Report of the Indian Hemp Drugs Commission, 1894-1895 - Volume VIII
Year: 1894
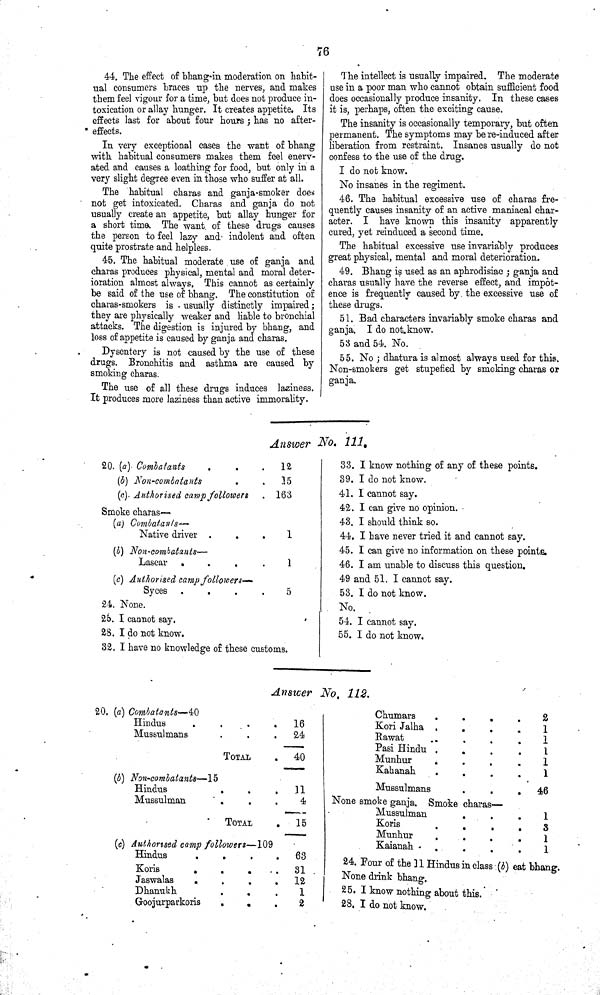
76
44. The effect of bhang in moderation on habit-
ual consumers braces up the nerves, and makes
them feel vigour for a time, but does not produce in-
toxication or allay hunger. It creates appetite. Its
effects last for about four hours; has no after-
effects.
In very exceptional cases the want of bhang
with habitual consumers makes them feel enerv-
ated and causes a loathing for food, but only in a
very slight degree even in those who suffer at all.
The habitual charas and ganja-smoker does
not get intoxicated. Charas and ganja do not
usually create an appetite, but allay hunger for
a short time. The want of these drugs causes
the person to feel lazy and- indolent and often
quite prostrate and helpless.
45. The habitual moderate use of ganja and
charas produces physical, mental and moral deter-
ioration almost always. This cannot as certainly
be said of the use of bhang. The constitution of
charas-smokers is usually distinctly impaired;
they are physically weaker and liable to bronchial
attacks. The digestion is injured by bhang, and
loss of appetite is caused by ganja and charas.
Dysentery is not caused by the use of these
drugs. Bronchitis and asthma are caused by
smoking charas.
The use of all these drags induces laziness.
It produces more laziness than active immorality.
The intellect is usually impaired. The moderate
use in a poor man who cannot obtain sufficient food
does occasionally produce insanity. In these cases
it is, perhaps, often the exciting cause.
The insanity is occasionally temporary, but often
permanent. The symptoms may be re-induced after
liberation from restraint. Insanes usually do not
confess to the use of the drug.
I do not know.
No insanes in the regiment.
46. The habitual excessive use of charas fre-
quently causes insanity of an active maniacal char-
acter. I have known this insanity apparently
cured, yet reinduced a second time.
The habitual excessive use invariably produces
great physical, mental and moral deterioration.
49. Bhang is used as an aphrodisiac; ganja and
charas usually have the reverse effect, and impot-
ence is frequently caused by the excessive use of
these drugs.
51. Bad characters invariably smoke charas and
ganja. I do not know.
53 and 54. No.
55. No; dhatura is almost always used for this.
Non-smokers get stupefied by smoking charas or
ganja.
Answer No. 111.
20. (a) Combatants
12
(b) Non-combatants
15
(c). Authorised camp followers
163
Smoke charas—
(a) Combatants—
Native driver
1
(b) Non-combatants—
Lascar
1
(c) Authorised camp followers—
Syces
5
24. None.
25. I cannot say.
28. I do not know.
32. I have no knowledge of these customs.
33. I know nothing of any of these points.
39. I do not know.
41. I cannot say.
42. I can give no opinion.
43. I should think so.
44. I have never tried it and cannot say.
45. I can give no information on these points.
46. I am unable to discuss this question.
49 and 51. I cannot say.
53. I do not know.
No.
54. I cannot say.
55. I do not know.
Answer No. 112.
20. (a) Combatants—40
Hindus
16
Mussulmans
24
TOTAL
40
(b) Non-combatants—15
Hindus
11
Mussulman
4
TOTAL
15
(c) Authorised camp followers—109
Hindus
63
Koris
31
Jaswalas
12
Dhanukh
1
Goojurparkoris
2
Cnumars
2
Kori Jalha
1
Rawat
1
Pasi Hindu
1
Munhur
l
Kahanah
l
Mussulmans
46
None smoke ganja. Smoke charas—
Mussulman
1
Koris
3
Munhur
1
Kaianah
1
24. Pour of the 11 Hindus in class (b) eat bhang.
None drink bhang.
25. I know nothing about this.
28. I do not know.